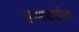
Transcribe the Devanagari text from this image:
सामयाचारिक